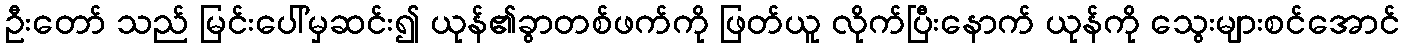
ဦးတော် သည် မြင်းပေါ်မှဆင်း၍ ယုန်၏ခွာတစ်ဖက်ကို ဖြတ်ယူ လိုက်ပြီးနောက် ယုန်ကို သွေးများစင်အောင်